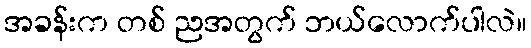
အခန်းက တစ် ညအတွက် ဘယ်လောက်ပါလဲ။